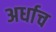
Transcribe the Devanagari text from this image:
अर्धाच